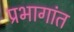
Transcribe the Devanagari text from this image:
प्रभागांत